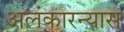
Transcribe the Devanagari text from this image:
अलंकारन्यास